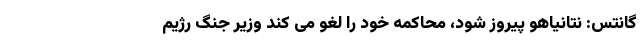
گانتس: نتانیاهو پیروز شود، محاکمه خود را لغو می کند وزیر جنگ رژیم